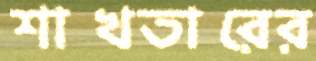
শাখতারের